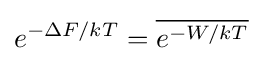
e^{-\Delta F/kT}={\overline {e^{-W/kT}}}